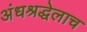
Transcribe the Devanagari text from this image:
अंधश्रद्धेलाच